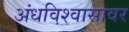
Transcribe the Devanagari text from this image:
अंधविश्वासावर